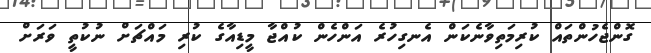
ގޮންޖެހުންތައް ކުރިމަތިވާނެކަން އެނގިހުރެ އަންހެން ކުއްޖާ މީޑިއާގެ ކުރި މައްޗަށް ނުކުތީ ވަރަށް